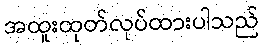
အထူးထုတ်လုပ်ထားပါသည်